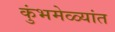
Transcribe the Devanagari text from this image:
कुंभमेळ्यांत